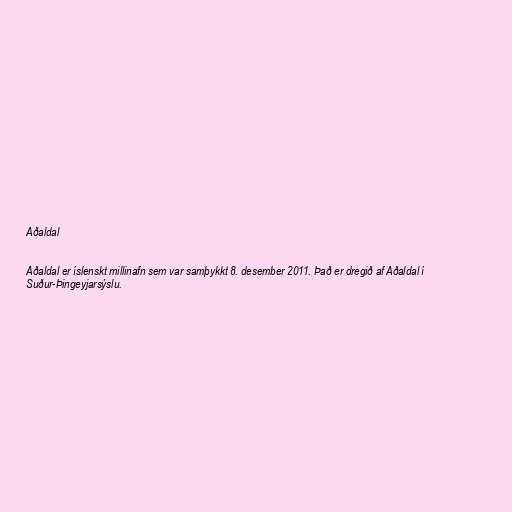
Aðaldal

Aðaldal er íslenskt millinafn sem var samþykkt 8. desember 2011. Það er dregið af Aðaldal í
Suður-Þingeyjarsýslu.